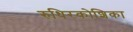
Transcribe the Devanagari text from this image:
रुधिरकोशिका